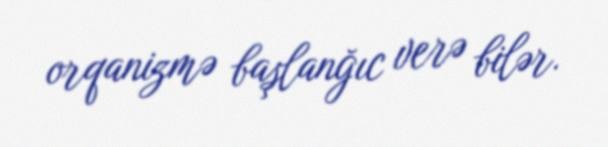
orqanizmə başlanğıc verə bilər.